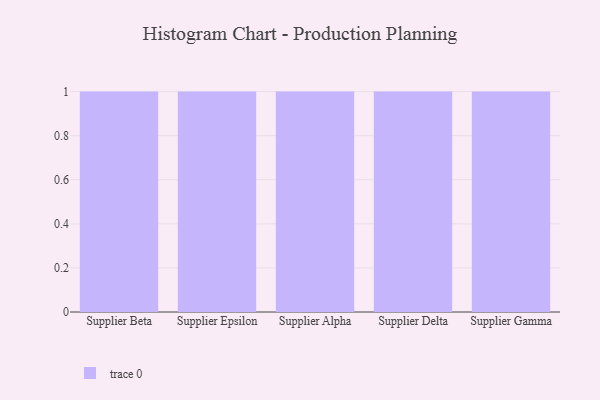
{"axis": {"x": "Supplier", "y": "LTV (USD)"}, "legend": [""], "data": [{"x": "Supplier Beta", "y": 44, "type": ""}, {"x": "Supplier Epsilon", "y": 63, "type": ""}, {"x": "Supplier Alpha", "y": 82, "type": ""}, {"x": "Supplier Delta", "y": 20, "type": ""}, {"x": "Supplier Gamma", "y": 72, "type": ""}]}